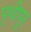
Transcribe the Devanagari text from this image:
पृथीपुर